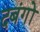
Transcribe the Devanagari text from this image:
दबंगों